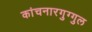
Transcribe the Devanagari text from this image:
कांचनारगुग्गुल